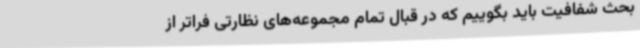
بحث شفافیت باید بگوییم که در قبال تمام مجموعه‌های نظارتی فراتر از